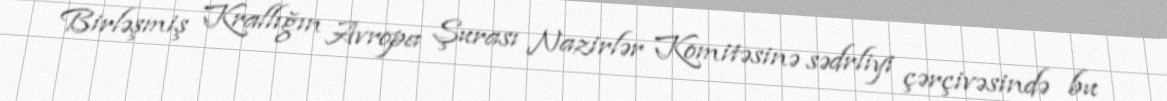
Birləşmiş Krallığın Avropa Şurası Nazirlər Komitəsinə sədrliyi çərçivəsində bu